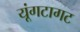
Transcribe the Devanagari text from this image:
यूंगटागट